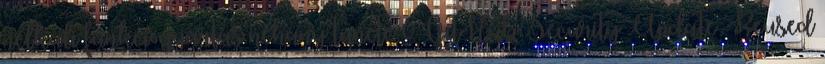
nélküli funkciógyártás néhány tünete 0 GitHub Security Update: Reused